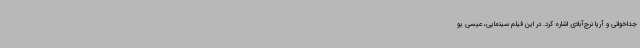
جداخوانی و آریا نرج‌آبادی اشاره کرد. در این فیلم سینمایی، عیسی یو